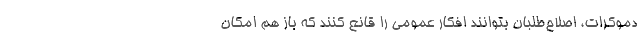
دموکرات، اصلاح‌طلبان بتوانند افکار عمومی را قانع کنند که باز هم امکان